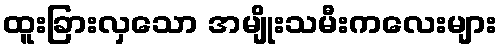
ထူးခြားလှသော အမျိုးသမီးကလေးများ